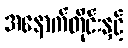
အနောက်တိုင်းနှင့်